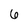
Character: 6